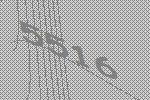
5516